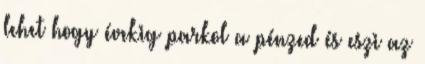
lehet hogy évekig parkol a pénzed és eszi az